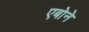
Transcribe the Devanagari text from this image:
एबोने